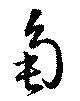
角